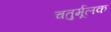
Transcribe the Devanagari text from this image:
चतुर्मूलक